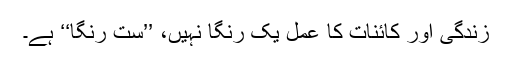
زندگی اور کائنات کا عمل یک رنگا نہیں، ’’ست رنگا‘‘ ہے۔